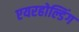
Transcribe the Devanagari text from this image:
एयरहोल्डिंग